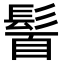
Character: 𩭈